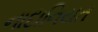
નાદાનિયત